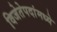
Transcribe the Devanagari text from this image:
विजेतेपदांमध्ये